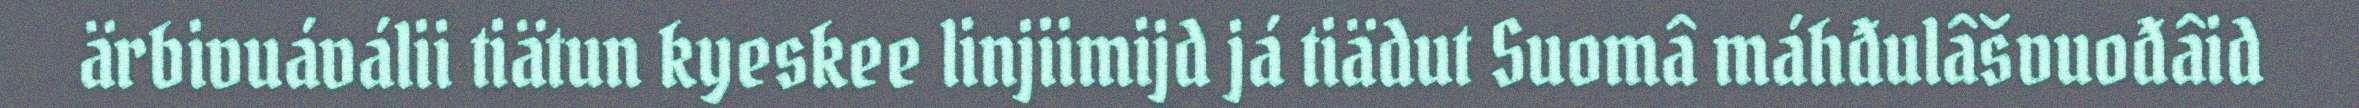
ärbivuáválii tiätun kyeskee linjiimijd já tiädut Suomâ máhđulâšvuođâid